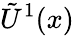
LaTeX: \tilde{U}^{1}(x)